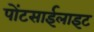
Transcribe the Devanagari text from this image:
पोंटसाईलाइट